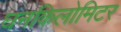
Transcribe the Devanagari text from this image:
घनकिलोमिटर